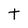
Character: t